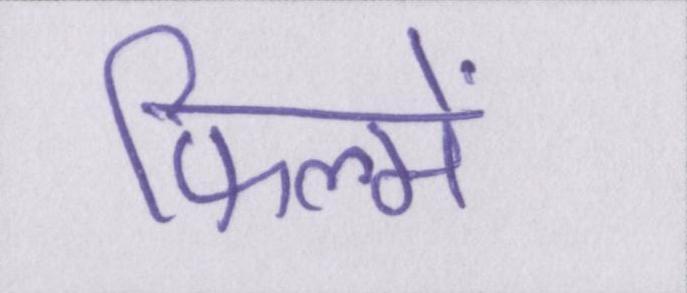
फिल्में